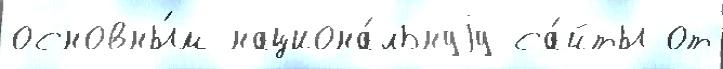
основны́м национа́льнуjу са́йты от